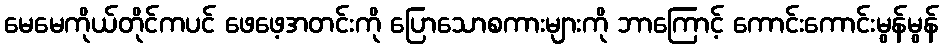
မေမေကိုယ်တိုင်ကပင် ဖေဖေ့အတင်းကို ပြောသောစကားများကို ဘာကြောင့် ကောင်းကောင်းမွန်မွန်